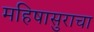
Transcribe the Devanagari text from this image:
महिषासुराचा